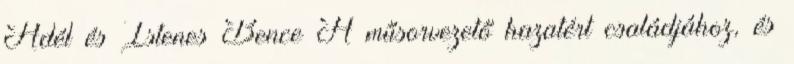
Adél és Istenes Bence A műsorvezető hazatért családjához, és